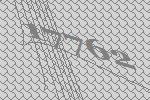
17762